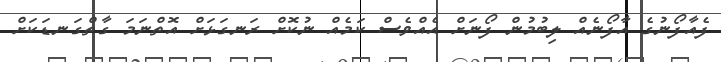
ފެއާފޯނުގެ އާފޯނެއް ލިބުމުން ފޯނަށް އެއްވެސް ކަމެއް ނުކޮށް ރަނގަޅަށް އޮތްނަމަ ގާތްގަނޑަކަށް